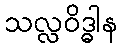
သလ္လဝိဒ္ဓါန